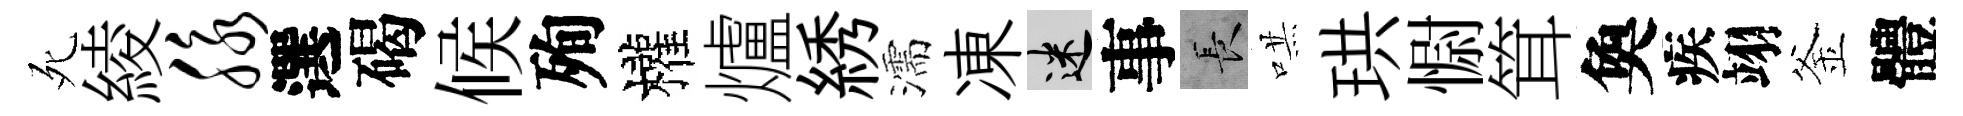
死綾脉選碣候殉權爐綉濡凍迷事长哄珙𢠢䇯奐疾翊釜體